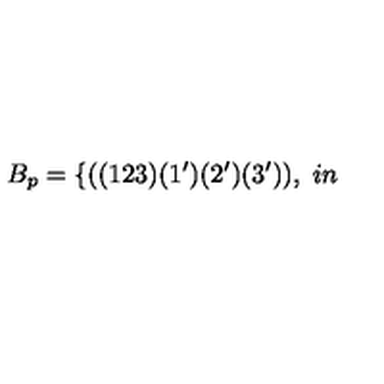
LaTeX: B _ { p } = \{ ( ( 1 2 3 ) ( 1 ^ { \prime } ) ( 2 ^ { \prime } ) ( 3 ^ { \prime } ) ) , \hspace { 3 i n }